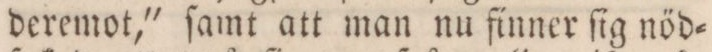
deremot,' ſamt att man nu finner ſig nöd=